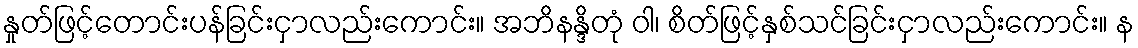
နှုတ်ဖြင့်တောင်းပန်ခြင်းငှာလည်းကောင်း။ အဘိနန္ဒိတုံ ဝါ၊ စိတ်ဖြင့်နှစ်သင်ခြင်းငှာလည်းကောင်း။ န